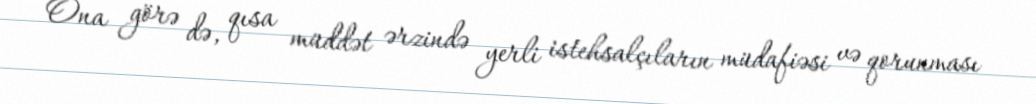
Ona görə də, qısa müddət ərzində yerli istehsalçıların müdafiəsi və qorunması